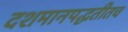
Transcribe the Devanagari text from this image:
दशमानपद्धतीतच